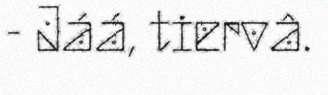
- Jáá, tiervâ.